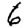
Digit: 6